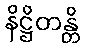
နိဋ္ဌိတန္တိ